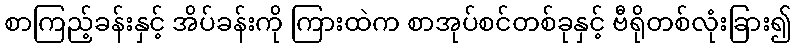
စာကြည့်ခန်းနှင့် အိပ်ခန်းကို ကြားထဲက စာအုပ်စင်တစ်ခုနှင့် ဗီရိုတစ်လုံးခြား၍